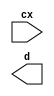
module decoder (cx,d);
	output [0:0] d;

	input [0:0] cx;

	reg [0:0] d;
	reg [-1:0] s;




	always @(cx)
	begin



		case(s)
			default:
				begin
					if(cx[0]==1'b0)
					begin
						cx[0]=1'b0;
					end
					else
					begin
						cx[0]=1'b1;
					end
				end
		endcase
	end
endmodule